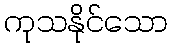
ကုသနိုင်သော